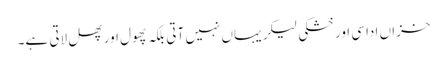
خزاں اداسی اور خشکی لیکر یہاں نہیں آتی بلکہ پھول اور پھل لاتی ہے۔